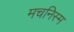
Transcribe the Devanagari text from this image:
मचनिस्म